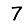
Digit: 7